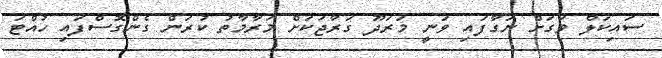
ސައިކަލް ވަގަށް ނަގާފައި ވަނީ މަރަދޫ ގަރާޖަކަށް މަރާމާތު ކުރަން ގެންގޮސްފައި ހުއްޓަ